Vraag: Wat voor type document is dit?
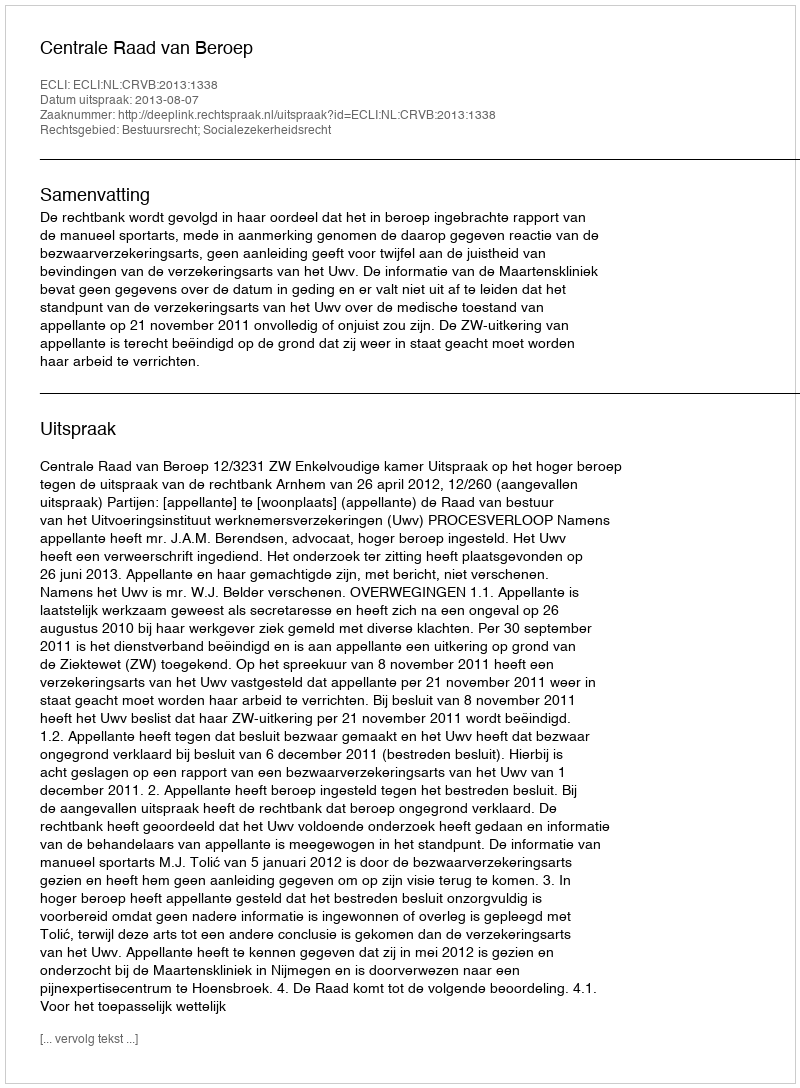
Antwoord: Uitspraak